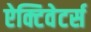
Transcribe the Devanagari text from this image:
ऐक्टिवेटर्स